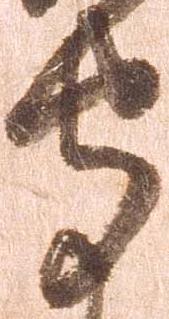
守